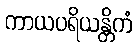
ကာယပရိယန္တိကံ